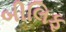
બીલિફ